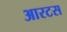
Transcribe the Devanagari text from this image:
आरटस